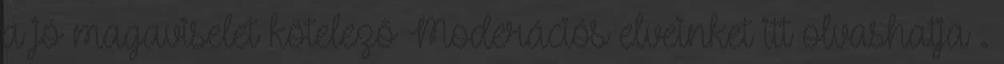
a jó magaviselet kötelező Moderációs elveinket itt olvashatja .